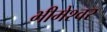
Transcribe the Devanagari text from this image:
भीमेश्‍वर